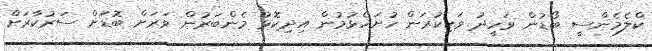
ކްލެމެންސީ ބޯޑުން ވަހީދު ވަކިކުރަން ހުށަހެޅުމުން އިދިކޮޅު މެންބަރުން ވަރަށް ބޮޑަށް ސަރުކާރަށް